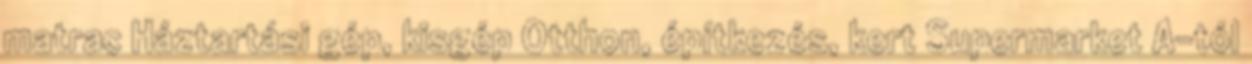
matrac Háztartási gép, kisgép Otthon, építkezés, kert Supermarket A-tól